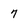
Character: 7